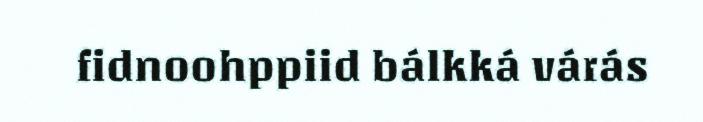
fidnoohppiid bálkká várás